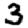
Digit: 3